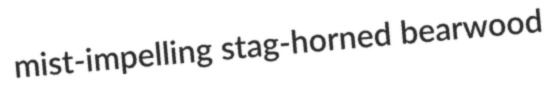
mist-impelling stag-horned bearwood